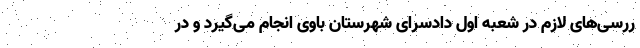
ررسی‌های لازم در شعبه اول دادسرای شهرستان باوی انجام می‌گیرد و در